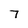
Character: 7